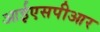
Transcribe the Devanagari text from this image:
आईएसपीआर